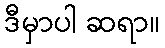
ဒီမှာပါ ဆရာ။